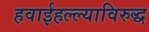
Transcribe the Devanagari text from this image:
हवाईहल्ल्याविरुद्ध